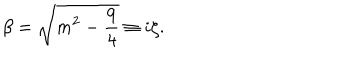
LaTeX: \beta = \sqrt { m ^ { 2 } - \frac { 9 } { 4 } } \equiv i \zeta .